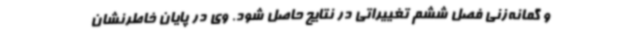
و ‌گمانه‌زنی فصل ششم تغییراتی در نتایج حاصل شود. وی در پایان خاطرنشان